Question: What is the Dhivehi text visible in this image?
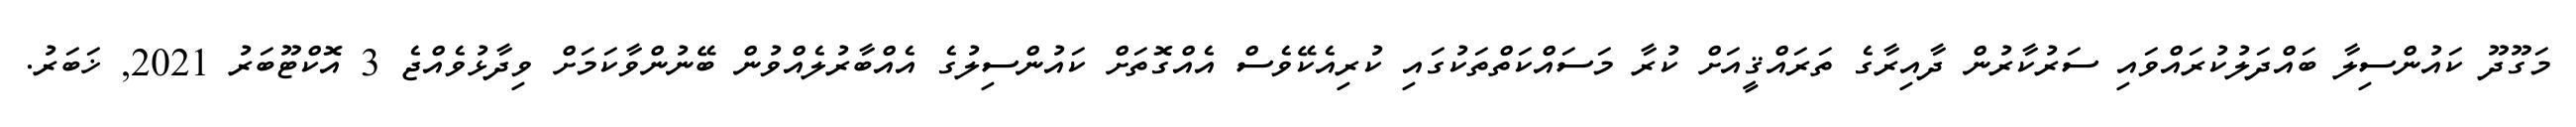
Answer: މަގޫދޫ ކައުންސިލާ ބައްދަލުކުރައްވައި ސަރުކާރުން ދާއިރާގެ ތަރައްޤީއަށް ކުރާ މަސައްކަތްތަކުގައި ކުރިއެކޭވެސް އެއްގޮތަށް ކައުންސިލުގެ އެއްބާރުލެއްވުން ބޭނުންވާކަމަށް ވިދާޅުވެއްޖެ 3 އޮކްޓޫބަރު 2021, ޚަބަރު.